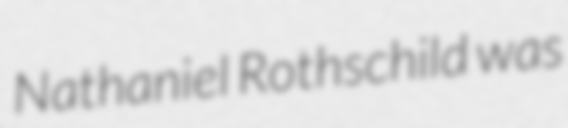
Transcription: Nathaniel Rothschild was